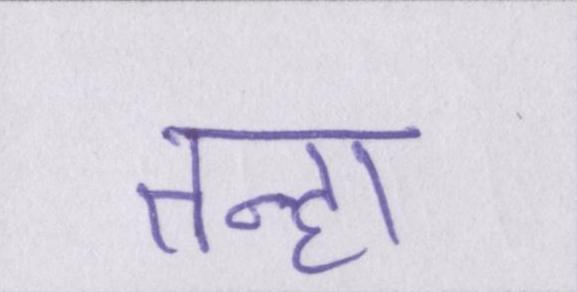
तन्हा